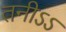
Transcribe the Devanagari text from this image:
तनीऽऽ